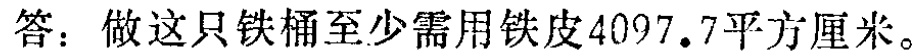
答：做这只铁桶至少需用铁皮$4097.7$平方厘米。